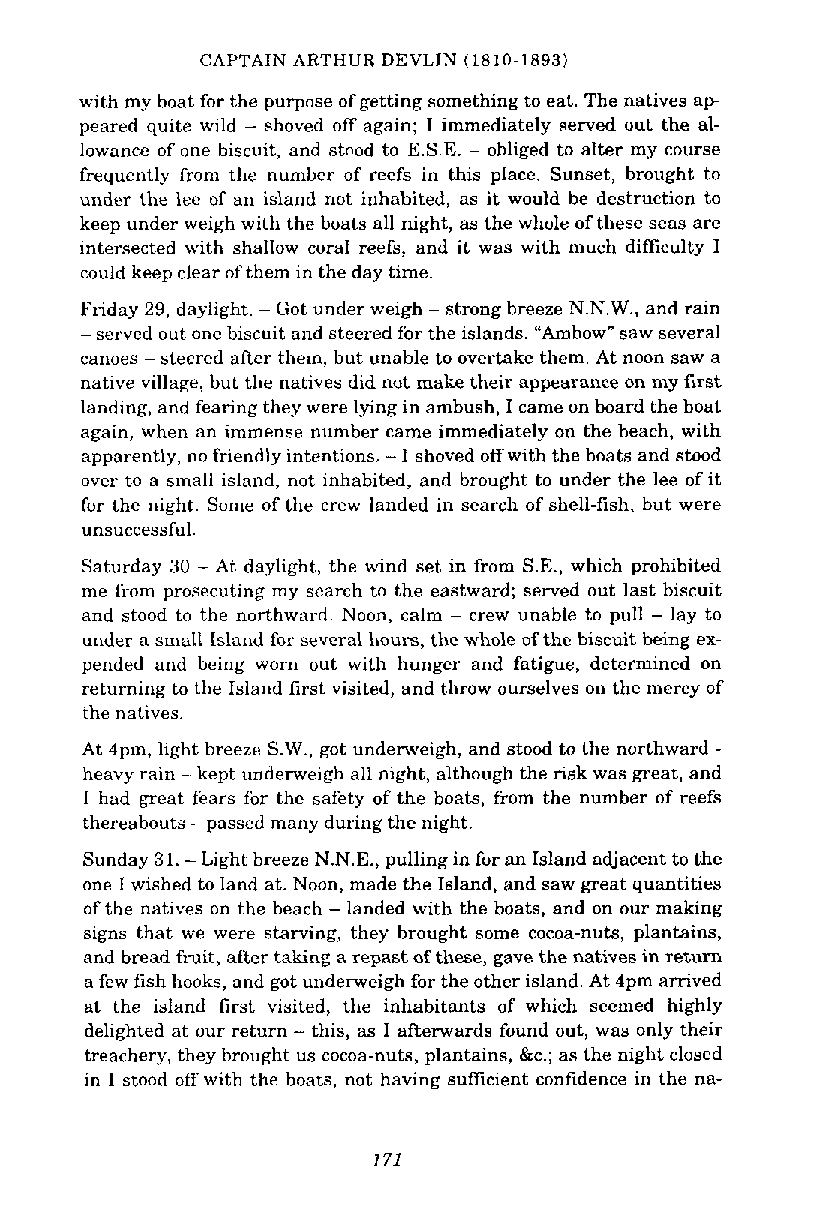
CAPTAIN ARTHUR DEVLIN (1810-1893)
 with my boat for the purpose of getting something to eat. The natives a p
 peared quite wild - shoved off again; I immediately served out the al-
 lowance of one biscuit, and stnod to E.S.E. - obliged to alter my course
 frequently from the number of reefs in this place. Sunset, brought to
 under the lee of an island not inhabited, as it would be destruction to
 keep under weigh with the boats all night, as the whole of these seas are
 intersected with shallow coral reefs, and it was with much difficulty I
 could keep clear of them in the day time.
 Friday 29, daylight. G o t u nder weigh - strong breeze N.N.W., and rain
 -served out one biscuit and steered for the islands. "Ambow" saw several
 canoes -steered after them, but unable to overtake them. At noon saw a
 native village, but the natives did not make their appearance on my first
 landing, and fearing they were lying in ambush, I came on board the boat
 again, when an immense number came immediately on the beach, with
 apparently, no friendly intentions. -I shoved off with the boats and stood
 aver to a small island, not inhabited, and brought to under the lee of it
 for the night. Some of the crew landed in search of shell-fish, but were
 unsuccessful.
 Saturday 30 -At daylight, the wind set in from S.E., which prohibited
 me from prosecuting my search to the eastward; served out last biscuit
 and stood to the northward. Noon, calm - crew unable to pull - lay to
 under a small Iskind for several hours, the whole of the biscuit being ex-
 pended and being worn out with hunger and fatigue, determined on
 returning to the Island first visited, and throw ourselves on the mercy of
 the natives.
 At 4pm, light breeze S.W., got undenveigh, and stood to the northward -
 heavy rain -kept undenveigh all night, although the risk was great, and
 I had great fears for the safety of the boats, from the number of reefs
 thereabouts -passed many during the night.
 Sunday 31. -Light breeze N.N.E., pulling in for an Island adjacent to the
 one I wished to land at. Noon, made the Island, and saw great quantities
 of the natives on the beach - landed with the boats, and on our making
 signs that we were starving, they brought some cocoa-nuts, plantains,
 and bread fruit, after taking a repast of these, gave the natives in return
 a few fish hooks, and got underweigh for the other island. At 4pm arrived
 at the island first visited, the inhabitants of which seemed highly
 delighted at our return - this, as I afterwards found out, was only their
 treachery, they brought us cocoa-nuts, plantains, &c.; as the night closed
 in I stood off with the boats, not having suff~cientc onfidence in the na-